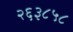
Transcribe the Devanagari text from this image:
२६३८५८